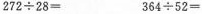
$$2 7 2 \div 2 8 =$$ $$3 6 4 \div 5 2 =$$